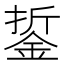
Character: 銴